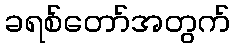
ခရစ်တော်အတွက်